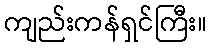
ကျည်းကန်ရှင်ကြီး။